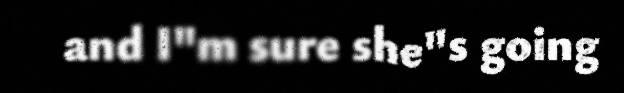
and I"m sure she"s going